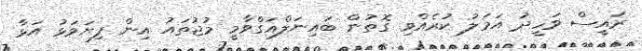
ރައީސް ވަހީދު އަމަލު ކުރެއްވި ގޮތުން ބައިނަލްއަގްވާމީ މުޖުތައު އިން ފިޔަވަޅު އަޅާ